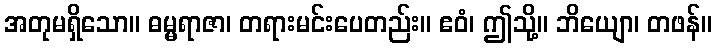
အတုမရှိသော။ ဓမ္မရာဇာ၊ တရားမင်းပေတည်း။ ဧဝံ၊ ဤသို့။ ဘိယျော၊ တဖန်။